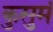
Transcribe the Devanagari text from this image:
कुसुमं